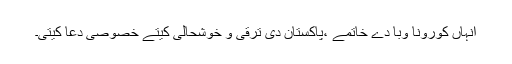
انہاں کورونا وبا دے خاتمے ،پاکستان دی ترقی و خوشحالی کیتے خصوصی دعا کیتی۔